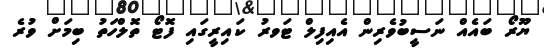
ޔޫރޯ ބައެއް ނަސީބުވެރިން އެއިފިލް ޓަވރު ކައިރީގައި ފޮޓޯ ތޮލްހަތު ބިމަށް ވުރެ